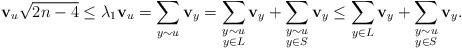
LaTeX: \begin{align*}\mathbf{v}_u\sqrt{2n-4} \leq \lambda_1 \mathbf{v}_u=\sum_{y\sim u} \mathbf{v}_y = \sum_{\substack{y\sim u \\ y\in L}} \mathbf{v}_y + \sum_{\substack{y\sim u\\ y\in S}} \mathbf{v}_y \leq \sum_{y\in L} \mathbf{v}_y + \sum_{\substack{y\sim u \\y\in S}} \mathbf{v}_y.\end{align*}